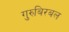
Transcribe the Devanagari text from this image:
गुरुबिरबल